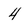
Character: 4